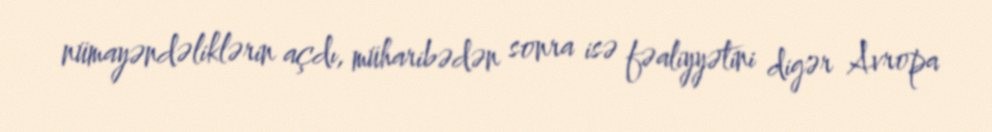
nümayəndəliklərin açdı, müharibədən sonra isə fəaliyyətini digər Avropa